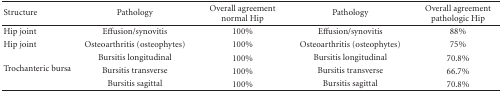
| Structure | Pathology | Overall agreement normal Hip | Pathology | Overall agreement pathologic Hip |
 | --- | --- | --- | --- | --- |
 | Hip joint | Effusion/synovitis | 100% | Effusion/synovitis | 88% |
 | Hip joint | Osteoarthritis(osteophytes) | 100% | Osteoarthritis(osteophytes) | 75% |
 | <ROWSPAN=3> Trochanteric bursa | Bursitis longitudinal | 100% | Bursitis longitudinal | 70.8% |
 | Bursitis transverse | 100% | Bursitis transverse | 66.7% |
 | Bursitis sagittal | 100% | Bursitis sagittal | 70.8% |